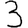
Digit: 3